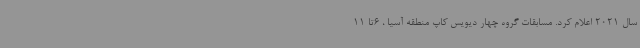
سال 2021 اعلام کرد. مسابقات گروه چهار دیویس کاپ منطقه آسیا ، 6تا 11